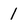
Character: l